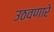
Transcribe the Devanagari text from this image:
उठवणारे